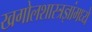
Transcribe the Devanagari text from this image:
खगोलशास्त्रज्ञांमध्ये